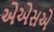
એએસએ